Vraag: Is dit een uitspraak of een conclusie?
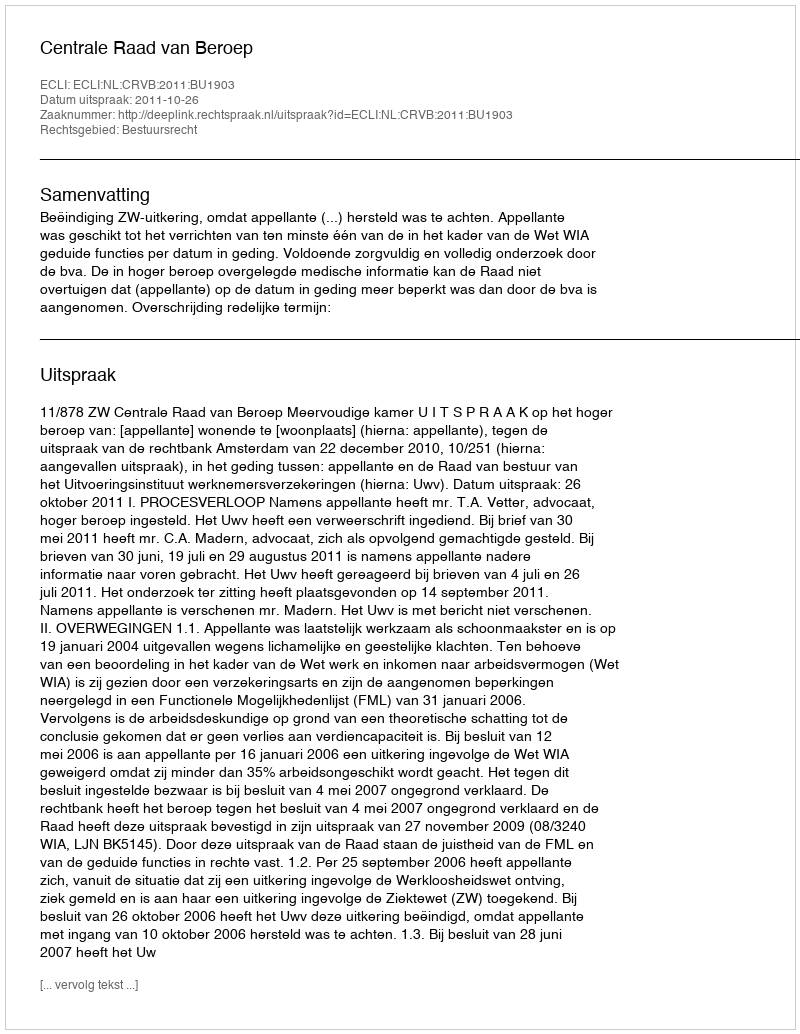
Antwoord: Uitspraak